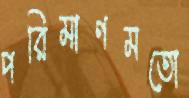
পরিমাণমতো